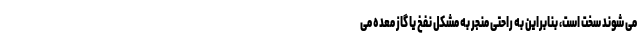
می شوند سخت است، بنابراین به راحتی منجر به مشکل نفخ یا گاز معده می